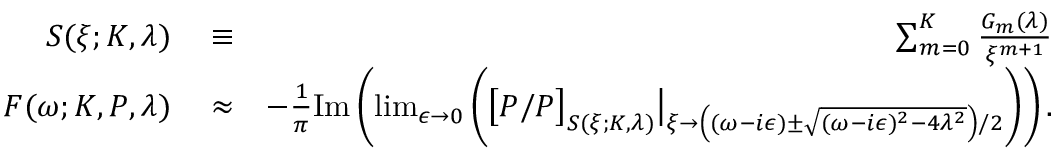
\begin{array} { r l r } { S ( \xi ; K , \lambda ) } & { { } \equiv } & { \sum _ { m = 0 } ^ { K } \frac { G _ { m } ( \lambda ) } { \xi ^ { m + 1 } } } \\ { F ( \omega ; K , P , \lambda ) } & { { } \approx } & { - \frac { 1 } { \pi } \mathrm { I m } \left( \operatorname* { l i m } _ { \epsilon \to 0 } \left( \big [ P / P \big ] _ { S ( \xi ; K , \lambda ) } \big \vert _ { \xi \to \left( ( \omega - i \epsilon ) \pm \sqrt { ( \omega - i \epsilon ) ^ { 2 } - 4 \lambda ^ { 2 } } \right) / 2 } \right) \right) . } \end{array}